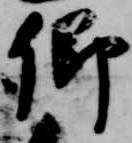
卿